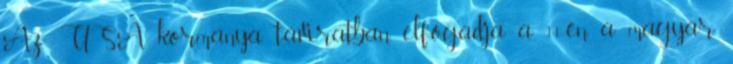
Az USA kormánya táviratban elfogadja a 11-én a magyar